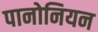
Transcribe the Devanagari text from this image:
पानोनियन